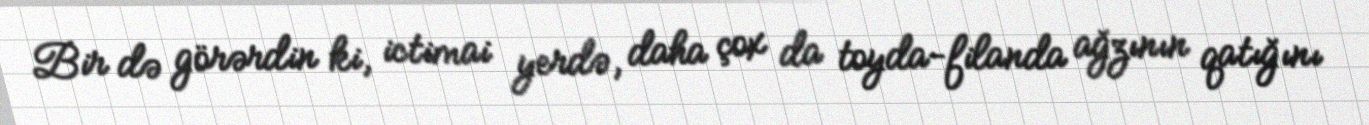
Bir də görərdin ki, ictimai yerdə, daha çox da toyda-filanda ağzının qatığını